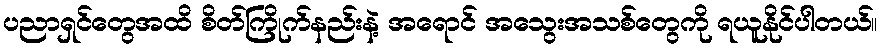
ပညာရှင်တွေအထိ စိတ်ကြိုက်နည်းနဲ့ အရောင် အသွေးအသစ်တွေကို ရယူနိုင်ပါတယ်။